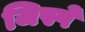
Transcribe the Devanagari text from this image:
जिस्पे